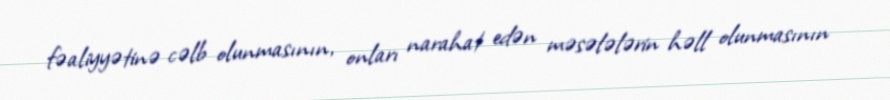
fəaliyyətinə cəlb olunmasının, onları narahat edən məsələlərin həll olunmasının